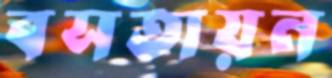
বসতায়ন